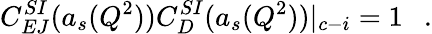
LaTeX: C_{EJ}^{SI}(a_{s}(Q^{2}))C_{D}^{SI}(a_{s}(Q^{2}))|_{c-i}=1~~~.